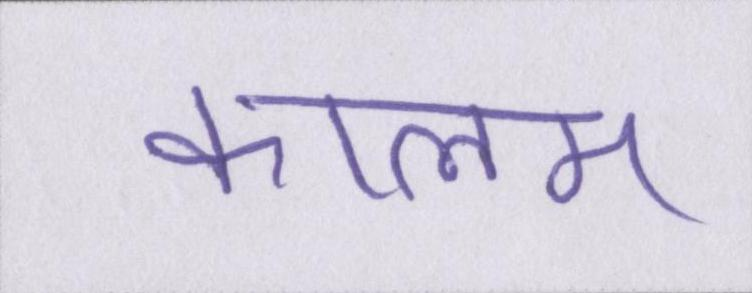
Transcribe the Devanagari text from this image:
कालम